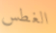
الغطس